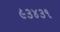
૯૩૪૩૧